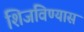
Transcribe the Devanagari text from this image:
शिजविण्यास